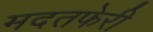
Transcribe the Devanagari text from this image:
मदतफेरी